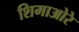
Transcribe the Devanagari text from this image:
शिमाओरे